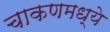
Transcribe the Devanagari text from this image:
चाकणमध्ये